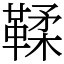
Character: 鞣